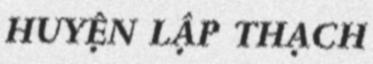
HUYỆN LẬP THẠCH